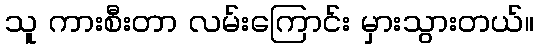
သူ ကားစီးတာ လမ်းကြောင်း မှားသွားတယ်။